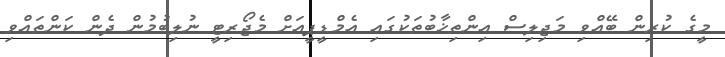
މީގެ ކުރިން ބޭއްވި މަޖިލިސް އިންތިޚާބުތަކުގައި އެމްޑީޕީއަށް މެޖޯރިޓީ ނުލިބުމުން ދެން ކަންތައްވި